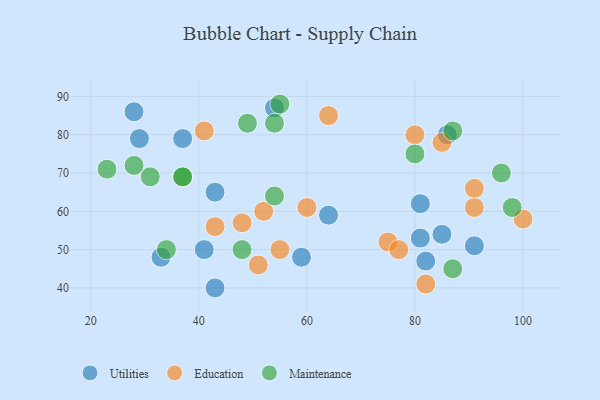
{"axis": {"x": "GDP", "y": "Life Expectancy"}, "legend": ["Education", "Maintenance", "Utilities"], "data": [{"x": "81", "y": 53, "type": "Utilities"}, {"x": "28", "y": 86, "type": "Utilities"}, {"x": "81", "y": 62, "type": "Utilities"}, {"x": "91", "y": 51, "type": "Utilities"}, {"x": "43", "y": 65, "type": "Utilities"}, {"x": "85", "y": 54, "type": "Utilities"}, {"x": "33", "y": 48, "type": "Utilities"}, {"x": "37", "y": 79, "type": "Utilities"}, {"x": "82", "y": 47, "type": "Utilities"}, {"x": "43", "y": 40, "type": "Utilities"}, {"x": "41", "y": 50, "type": "Utilities"}, {"x": "29", "y": 79, "type": "Utilities"}, {"x": "86", "y": 80, "type": "Utilities"}, {"x": "54", "y": 87, "type": "Utilities"}, {"x": "59", "y": 48, "type": "Utilities"}, {"x": "64", "y": 59, "type": "Utilities"}, {"x": "75", "y": 52, "type": "Education"}, {"x": "91", "y": 61, "type": "Education"}, {"x": "80", "y": 80, "type": "Education"}, {"x": "82", "y": 41, "type": "Education"}, {"x": "41", "y": 81, "type": "Education"}, {"x": "100", "y": 58, "type": "Education"}, {"x": "85", "y": 78, "type": "Education"}, {"x": "91", "y": 66, "type": "Education"}, {"x": "60", "y": 61, "type": "Education"}, {"x": "55", "y": 50, "type": "Education"}, {"x": "48", "y": 57, "type": "Education"}, {"x": "51", "y": 46, "type": "Education"}, {"x": "64", "y": 85, "type": "Education"}, {"x": "43", "y": 56, "type": "Education"}, {"x": "77", "y": 50, "type": "Education"}, {"x": "52", "y": 60, "type": "Education"}, {"x": "34", "y": 50, "type": "Maintenance"}, {"x": "37", "y": 69, "type": "Maintenance"}, {"x": "31", "y": 69, "type": "Maintenance"}, {"x": "54", "y": 83, "type": "Maintenance"}, {"x": "96", "y": 70, "type": "Maintenance"}, {"x": "48", "y": 50, "type": "Maintenance"}, {"x": "23", "y": 71, "type": "Maintenance"}, {"x": "37", "y": 69, "type": "Maintenance"}, {"x": "49", "y": 83, "type": "Maintenance"}, {"x": "80", "y": 75, "type": "Maintenance"}, {"x": "28", "y": 72, "type": "Maintenance"}, {"x": "98", "y": 61, "type": "Maintenance"}, {"x": "55", "y": 88, "type": "Maintenance"}, {"x": "87", "y": 45, "type": "Maintenance"}, {"x": "87", "y": 81, "type": "Maintenance"}, {"x": "54", "y": 64, "type": "Maintenance"}]}